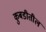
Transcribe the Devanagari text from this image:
कुबडीतील